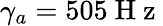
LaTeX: \gamma_{a}=505\mathrm{~H~z~}